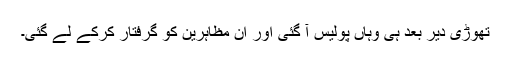
تھوڑی دیر بعد ہی وہاں پولیس آ گئی اور ان مظاہرین کو گرفتار کرکے لے گئی۔